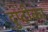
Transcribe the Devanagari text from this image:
दुप्टीका